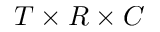
T \times R \times C